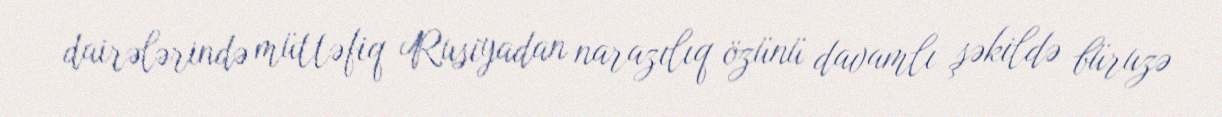
dairələrində müttəfiq Rusiyadan narazılıq özünü davamlı şəkildə büruzə